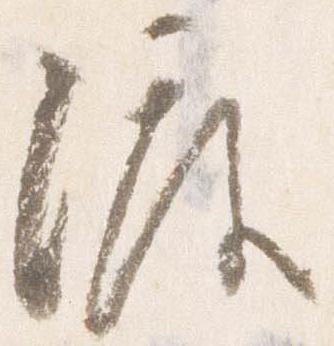
渡